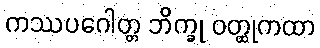
ကဿပဂေါတ္တ ဘိက္ခု ဝတ္ထုကထာ